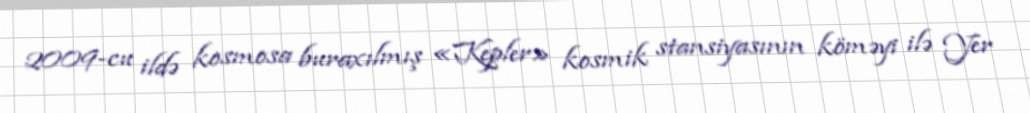
2009-cu ildə kosmosa buraxılmış «Kepler» kosmik stansiyasının köməyi ilə Yer